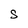
Character: S